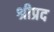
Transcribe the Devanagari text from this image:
श्रीप्रद